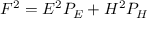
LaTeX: F ^ { 2 } = { \cal E } ^ { 2 } P _ { \cal E } + { \cal H } ^ { 2 } P _ { \cal H }